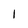
Character: 1